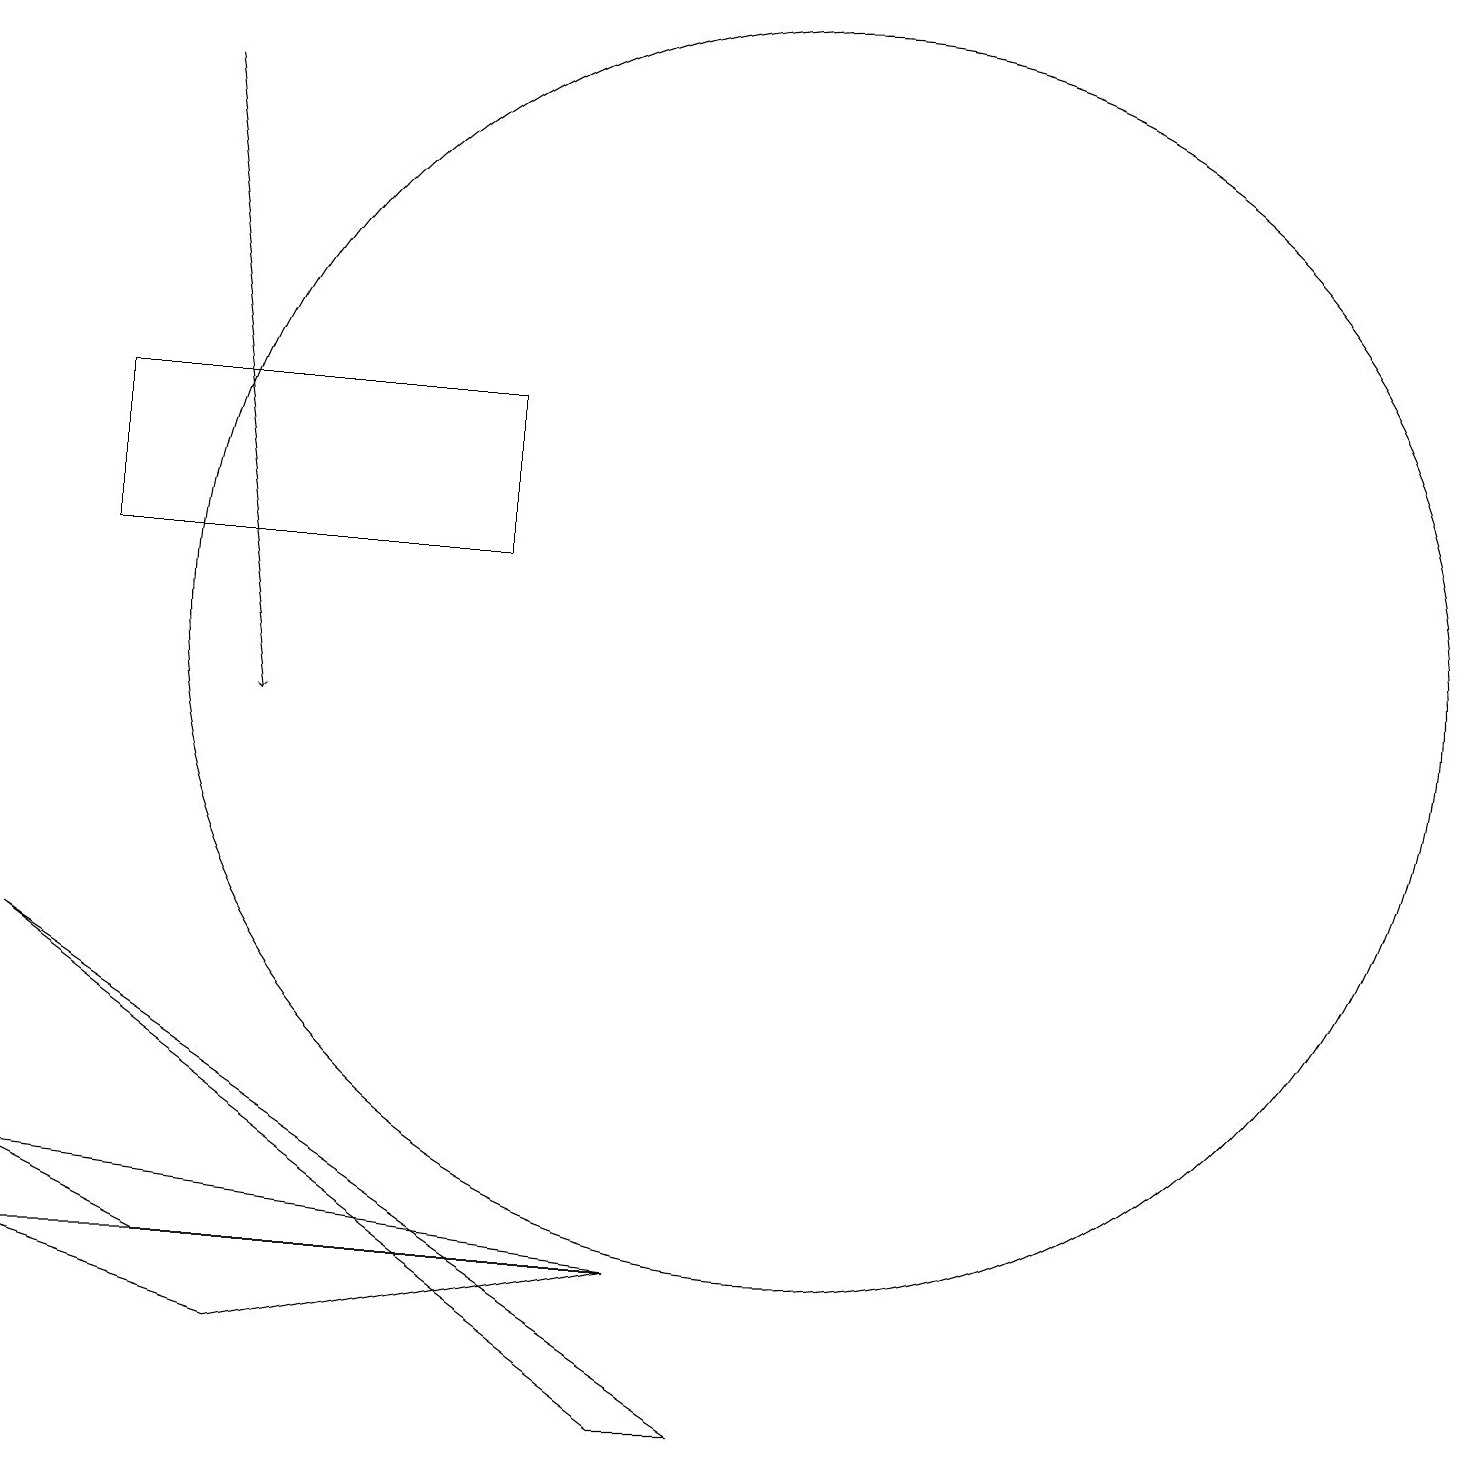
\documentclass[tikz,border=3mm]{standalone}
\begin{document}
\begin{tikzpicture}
\draw (8,3) -- (2,3) -- (0,4) -- cycle;
\draw (10,11) circle (8);
\draw (3,2) -- (8,3) -- (0,3) -- cycle;
\draw (6,14) rectangle (1,12);
\draw (9,1) -- (0,7) -- (8,1) -- cycle;
\draw[->] (2,18) -- (3,10);
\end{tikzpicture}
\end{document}